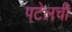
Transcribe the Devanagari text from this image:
पटेलची